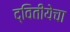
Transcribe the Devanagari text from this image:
द्वितीयेचा